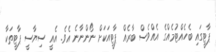
ޕާޓީގައި ބެހެއްޓުމެއްގެ އެއްވެސް ބާރެއް ޕާޓީއަކަށް ނޯންނާނެ އެވެ. އެއީ ސިޔާސީ ޕާޓީތަކާ